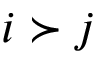
i \succ j